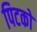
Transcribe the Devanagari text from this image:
पिटको